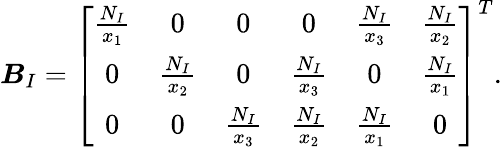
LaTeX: \boldsymbol{B}_{I}=\left[\begin{array}{cccccc}{\frac{N_{I}}{x_{1}}}&{0}&{0}&{0}&{\frac{N_{I}}{x_{3}}}&{\frac{N_{I}}{x_{2}}}\\ {0}&{\frac{N_{I}}{x_{2}}}&{0}&{\frac{N_{I}}{x_{3}}}&{0}&{\frac{N_{I}}{x_{1}}}\\ {0}&{0}&{\frac{N_{I}}{x_{3}}}&{\frac{N_{I}}{x_{2}}}&{\frac{N_{I}}{x_{1}}}&{0}\end{array}\right]^{T}.